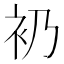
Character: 𧘌